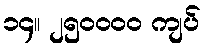
၁၄။ ၂၅၀၀၀၀ ကျပ်